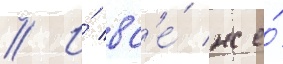
// И́ вс'е́ же́